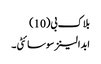
بلاک بی(10)
ابدالینز سوسائٹی ۔